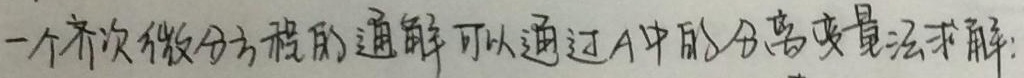
一个齐次微分方程的通解可以通过A中的分离变量法求解: